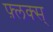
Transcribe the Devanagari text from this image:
फ़्लक्स्